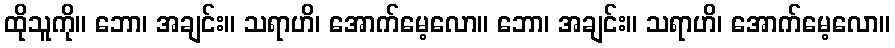
ထိုသူကို။ ဘော၊ အချင်း။ သရာဟိ၊ အောက်မေ့လော။ ဘော၊ အချင်း။ သရာဟိ၊ အောက်မေ့လော။